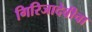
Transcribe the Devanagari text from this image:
गिरिजादेवीचा